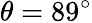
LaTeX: \theta=89^{\circ}